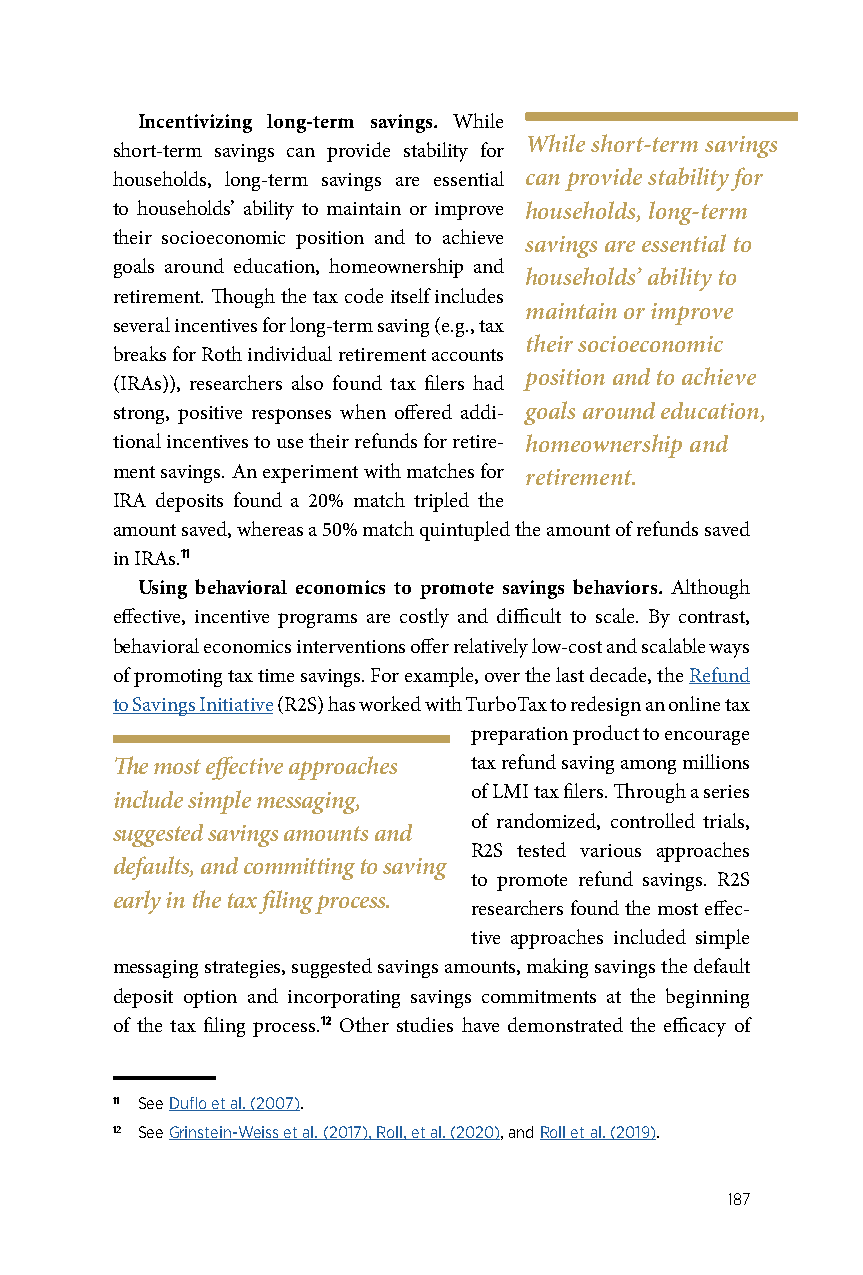
Incentivizing long-term savings. While
 While short-term savings
 short-term savings can provide stability for
 households, long-term savings are essential can provide stability for
 to households’ ability to maintain or improve households, long-term
 their socioeconomic position and to achieve savings are essential to
 goals around education, homeownership and
 households’ ability to
 retirement. Though the tax code itself includes
 maintain or improve
 several incentives for long-term saving (e.g., tax
 their socioeconomic
 breaks for Roth individual retirement accounts
 position and to achieve
 (IRAs)), researchers also found tax filers had
 strong, positive responses when offered addi- goals around education,
 tional incentives to use their refunds for retire- homeownership and
 ment savings. An experiment with matches for retirement.
 IRA deposits found a 20% match tripled the
 amount saved, whereas a 50% match quintupled the amount of refunds saved
 in IRAs.11
 Using behavioral economics to promote savings behaviors. Although
 effective, incentive programs are costly and difficult to scale. By contrast,
 behavioral economics interventions offer relatively low-cost and scalable ways
 of promoting tax time savings. For example, over the last decade, the Refund
 to Savings Initiative (R2S) has worked with TurboTax to redesign an online tax
 preparation product to encourage
 The most effective approaches tax refund saving among millions
 of LMI tax filers. Through a series
 include simple messaging,
 of randomized, controlled trials,
 suggested savings amounts and
 R2S tested various approaches
 defaults, and committing to saving
 to promote refund savings. R2S
 early in the tax filing process.
 researchers found the most effec-
 tive approaches included simple
 messaging strategies, suggested savings amounts, making savings the default
 deposit option and incorporating savings commitments at the beginning
 of the tax filing process.12 Other studies have demonstrated the efficacy of
 11 See Duflo et al. (2007).
 12 See Grinstein-Weiss et al. (2017), Roll, et al. (2020), and Roll et al. (2019).
 187